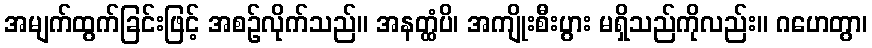
အမျက်ထွက်ခြင်းဖြင့် အစဉ်လိုက်သည်။ အနတ္ထံပိ၊ အကျိုးစီးပွား မရှိသည်ကိုလည်း။ ဂဟေတွာ၊